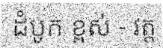
ដំបូក ខ្ពស់ - វត្ត